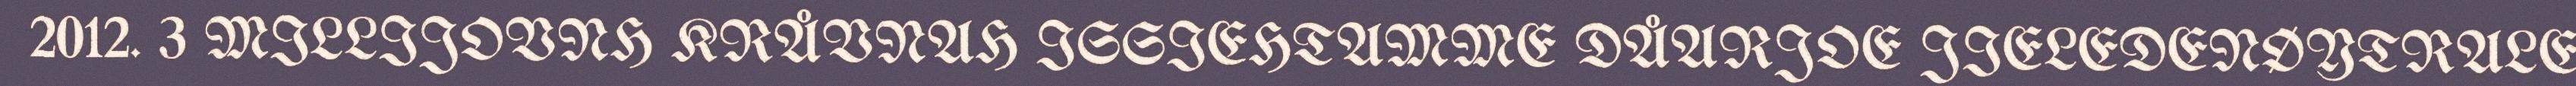
2012. 3 MILLIJOVNH KRÅVNAH ISSIEHTAMME DÅARJOE JIELEDENØYTRALE